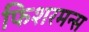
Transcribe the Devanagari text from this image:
फिशरमन्स